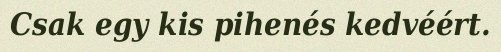
Csak egy kis pihenés kedvéért.